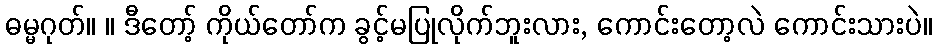
ဓမ္မဂုတ်။ ။ ဒီတော့် ကိုယ်တော်က ခွင့်မပြုလိုက်ဘူးလား, ကောင်းတော့လဲ ကောင်းသားပဲ။